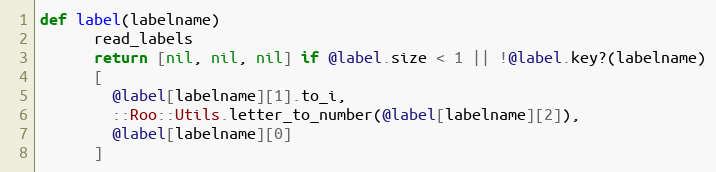
Language: Ruby
def label(labelname)
      read_labels
      return [nil, nil, nil] if @label.size < 1 || !@label.key?(labelname)
      [
        @label[labelname][1].to_i,
        ::Roo::Utils.letter_to_number(@label[labelname][2]),
        @label[labelname][0]
      ]